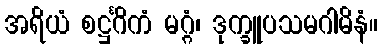
အရိယံ စဋ္ဌင်္ဂိကံ မဂ္ဂံ၊ ဒုက္ခူပသမဂါမိနံ။